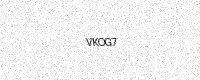
Text: VKOG7